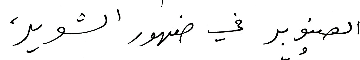
الصنوبر في ضهور الشوير،